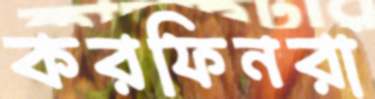
করফিনরা